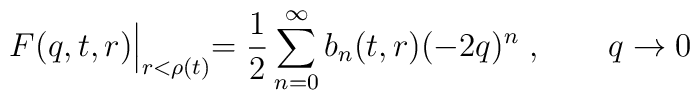
F(q,t,r)\Bigl |_{r<\rho (t)}=\frac{1}{2}\sum^\infty_{n=0}b_n(t,r)(-2q)^n\; , \qquad q\to 0